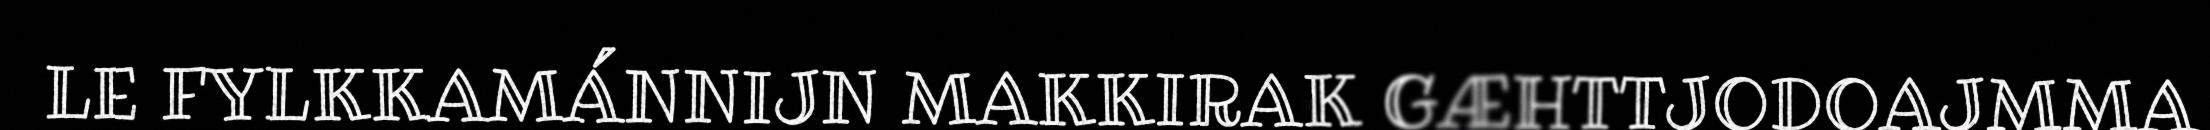
LE FYLKKAMÁNNIJN MAKKIRAK GÆHTTJODOAJMMA